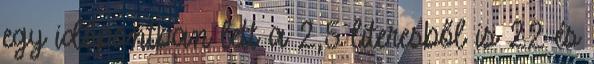
egy időpontban lett a 2,5 literesből is 22 és